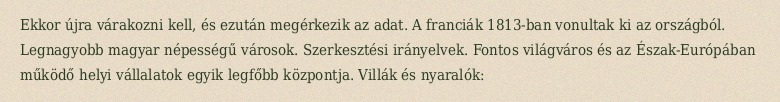
Ekkor újra várakozni kell, és ezután megérkezik az adat. A franciák 1813-ban vonultak ki az országból. Legnagyobb magyar népességű városok. Szerkesztési irányelvek. Fontos világváros és az Észak-Európában működő helyi vállalatok egyik legfőbb központja. Villák és nyaralók: